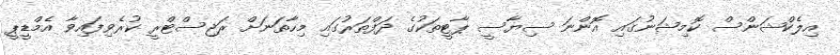
އިލެކްޝަންސް ކޮމިޝަނުގައި އޮންނަ ސިޔާސީ ޕާޓީތަކުގެ ދަފްތަރުގައި މިހާތަނަށް ރަޖިސްޓްރީ ކުރެވިފައިވާ އެމްޑީޕީ